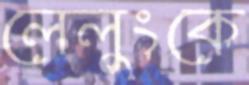
লেলুংকে